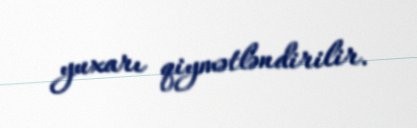
yuxarı qiymətləndirilir.